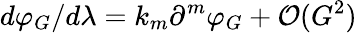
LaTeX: {d\varphi_{G}}/{d\lambda}=k_{m}\partial^{m}\varphi_{G}+{\cal O}(G^{2})